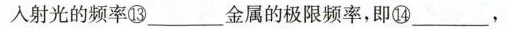
入射光的频率⑬___金属的极限频率，即⑭___，